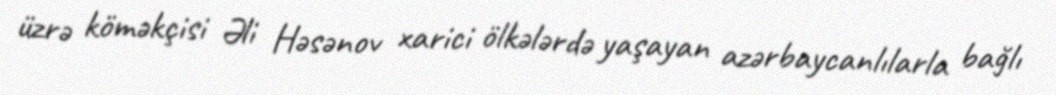
üzrə köməkçisi Əli Həsənov xarici ölkələrdə yaşayan azərbaycanlılarla bağlı